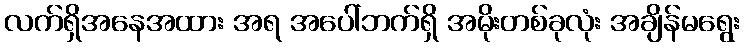
လက်ရှိအနေအထား အရ အပေါ်ဘက်ရှိ အမိုးတစ်ခုလုံး အချိန်မရွေး